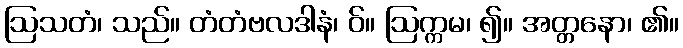
ဩသတံ၊ သည်။ တံတံဗလဒါနံ၊ ဝ်။ ဩက္ကမ၊ ၍။ အတ္တနော၊ ၏။